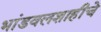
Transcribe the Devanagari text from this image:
भांडवलशाहीचे